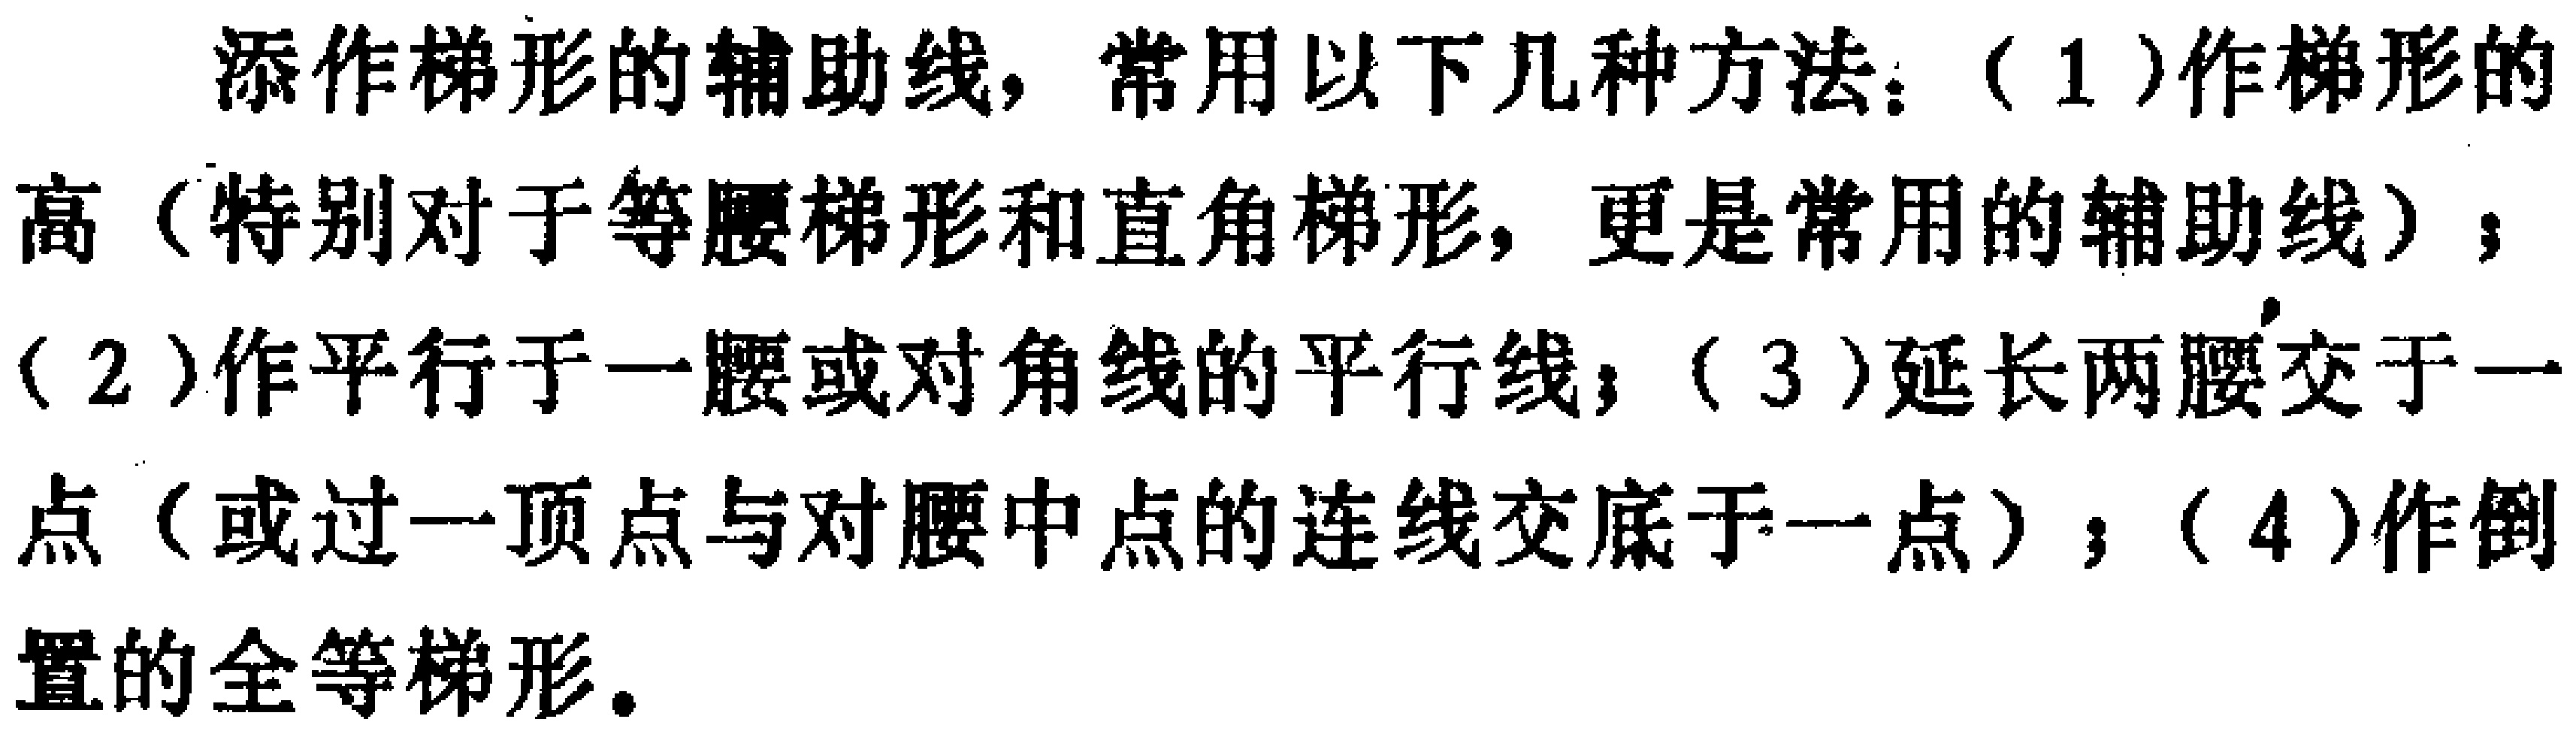
添作梯形的辅助线，常用以下几种方法：（1）作梯形的高（特别对于等腰梯形和直角梯形，更是常用的辅助线）；（2）作平行于一腰或对角线的平行线；（3）延长两腰交于一点（或过一顶点与对腰中点的连线交底于一点）；（4）作倒置的全等梯形。